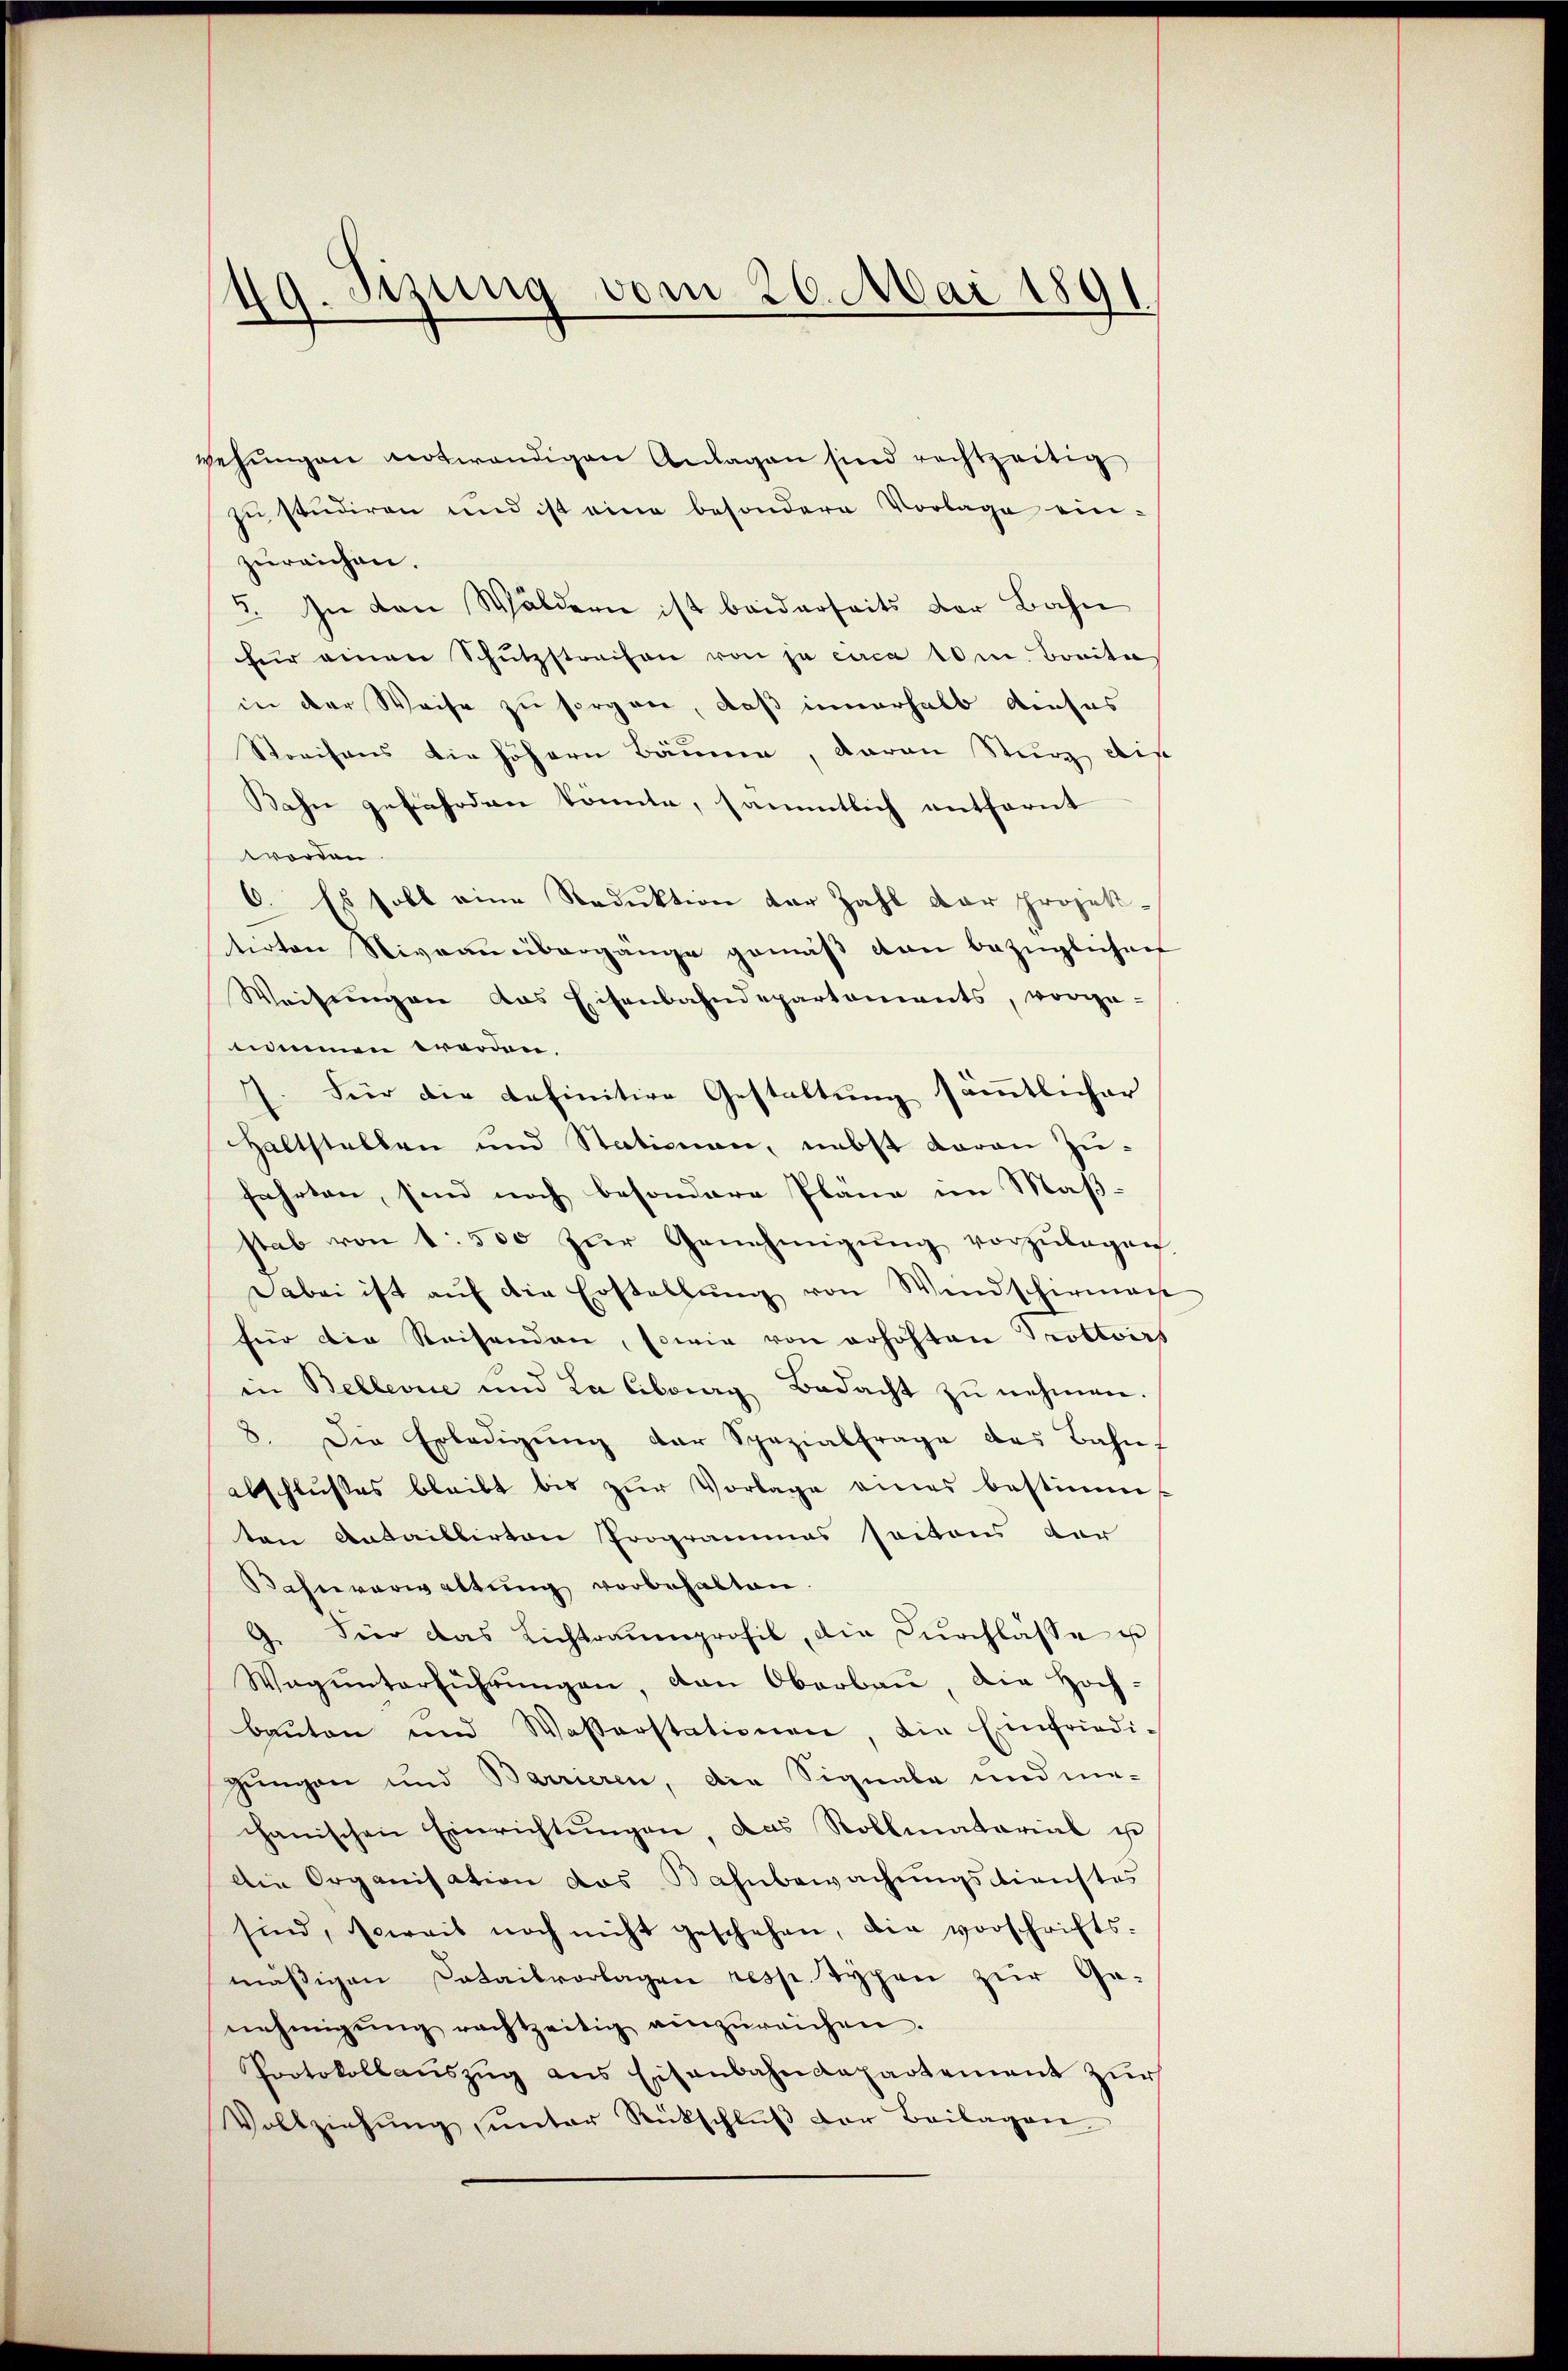
wehŭngen notwendigen Anlagen sind rechtzeitig
zu studiren und ist eine besondere Vorlage ein-
zureichen.
5. In den Wäldern ist beiderseits der Bahn
für einen Schŭtzstrafen von ja circa 10m Breita
in der Weise zu sorgen, daß innerhalb auses
Streifens die höhern Bäume, daran Sturz die
Kahn gefährden konnte, sämmtlich entfernt
worden.
6. Es soll eine Reduktion der Zahl der projek-
tirten Niveau übergänge gemäβ den bezüglichen
Weisŭngen das Eisenbahndepartaments, vorge-
nimmen werden.
7. Für die definitive Gestaltung sämmtlicher
Haltstellen und Stationen, nebst daran Zufahrten, sind noch besondere Plane im Maß-
stab von 1 500 zŭr Genehmigŭng vorzŭlegen
Dabei ist auf die Erstellŭng von Windschirma
für die Reisenden, sowie von erhöhten Trottoirs
in Bellevue und La liberg Bedacht zŭ nehmen.
8. Die Erledigŭng der Spezialfrage des Bahn-
abschlußes bleibt bis zŭr Vorlage eines bestimm
ten Ansaillirten Programmes seitens der
Bahnverwaltŭng vorbehalten.
9. Für das Lichtraumprofil, die Durchlasse u
Wagŭnterführŭngen, den Oberbaŭ, die Hoch-
bauten und Wasserstationen, die Einfriedi-
Zungen und Barrieren, die Signale und me-
chanischen Einrichtŭngen, das Rollmaterial u
Die Organisation das Bahnbewachungsdienstes
sind, soweit noch nicht geschehen, die vorschrifts-
mäßigen Datailvorlagen resp. Typen zur Genehmigŭng rachtzeitig einzŭreichen.
Protokollaŭszŭg ans Eisenbahndepartement zŭr
Vollziehŭng ŭnter Rückschlŭβ der Beilagen

Tizung vom 26. Mai 1891
A.
e
.